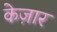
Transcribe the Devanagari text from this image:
केज़ार